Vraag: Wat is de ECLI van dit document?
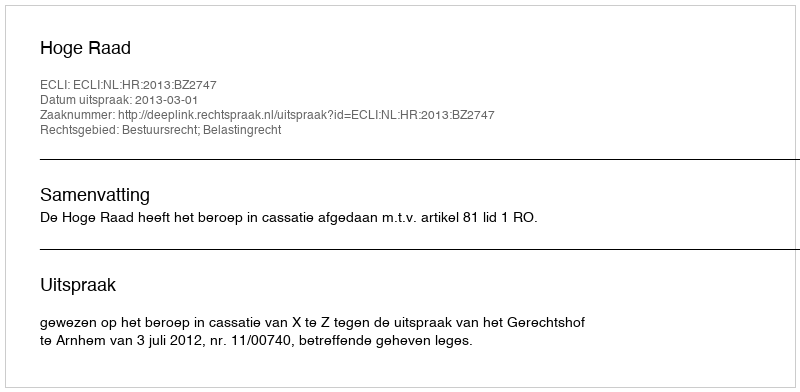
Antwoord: ECLI:NL:HR:2013:BZ2747